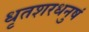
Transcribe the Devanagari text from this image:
धृतशरधनुषं